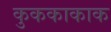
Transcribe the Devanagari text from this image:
कुककाकाक